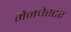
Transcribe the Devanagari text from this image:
मैनचेस्‍टर